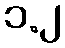
၁.၂